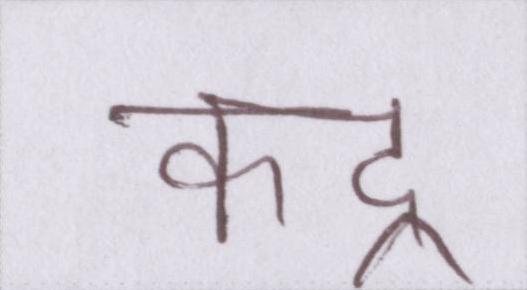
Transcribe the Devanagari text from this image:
कद्र